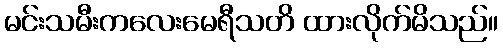
မင်းသမီးကလေးမေရီသတိ ထားလိုက်မိသည်။